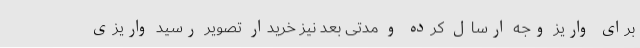
برای واریز وجه ارسال کرده و مدتی بعد نیز خریدار تصویر رسید واریزی